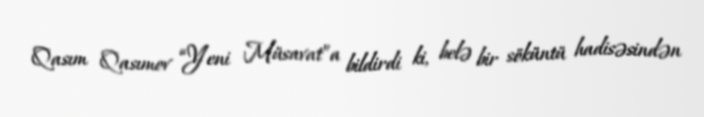
Qasım Qasımov “Yeni Müsavat”a bildirdi ki, belə bir söküntü hadisəsindən